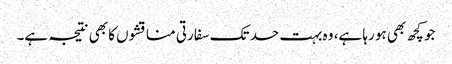
جو کچھ بھی ہو رہا ہے، وہ بہت حد تک سفارتی مناقشوں کا بھی نتیجہ ہے۔